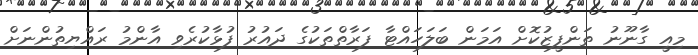
މިއީ ގާނޫނު ތަންފީޒުކޮށް އަމަން ބަލަހައްޓާ ފަރާތްތަކުގެ ދައުރު ފުޅާކުރެވި އާންމު ރައްޔިތުންނަށް